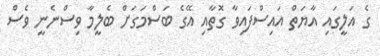
ގެ އަލީގައި އާޔަތް އައިސްފައިވާ ގޮތާއި އޭގެ ބަސްމަގަށް ބެލީމާ ވިސްނެނީ ވެސް